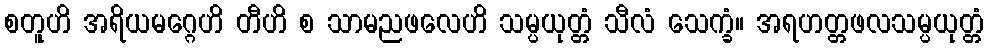
စတူဟိ အရိယမဂ္ဂေဟိ တီဟိ စ သာမညဖလေဟိ သမ္ပယုတ္တံ သီလံ သေက္ခံ။ အရဟတ္တဖလသမ္ပယုတ္တံ